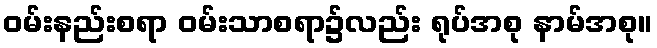
ဝမ်းနည်းစရာ ဝမ်းသာစရာ၌လည်း ရုပ်အစု နာမ်အစု။